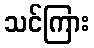
သင်ကြား